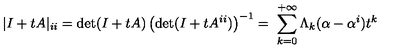
| I + t A | _ { i i } = \mathrm { d e t } ( I + t A ) \left( \mathrm { d e t } ( I + t A ^ { i i } ) \right) ^ { - 1 } = \ \sum _ { k = 0 } ^ { + \infty } \Lambda _ { k } ( { \bf \alpha } - { \bf \alpha } ^ { i } ) t ^ { k }